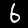
Label: 6